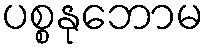
ပစ္စနုဘောမ